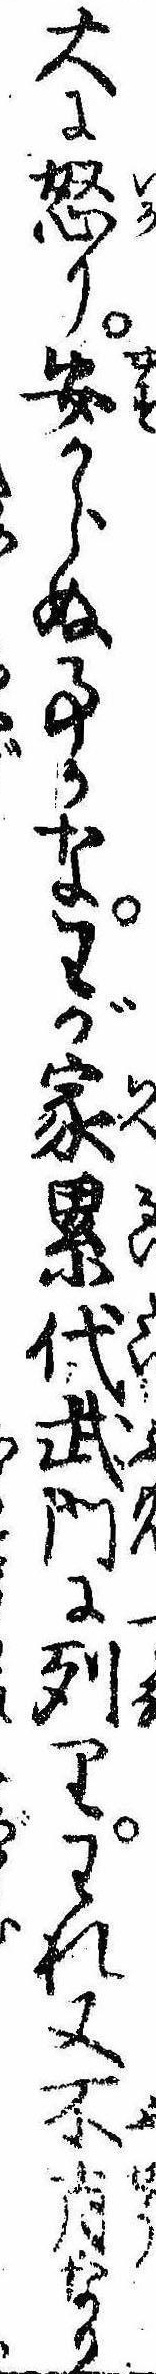
大に怒り安からぬ事かなわが家累代武門に列りわれ又不肖なり